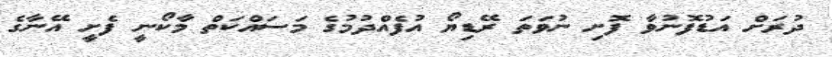
ދުރަށް އަޑުފޮނުވާ ފޮށި ނުވަތަ ރޭޑިޔޯ އުފެއްދުމުގެ މަސައްކަތް މާކޯނީ ފެށީ އޭނާގެ